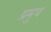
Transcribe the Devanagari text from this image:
प्रमुथ